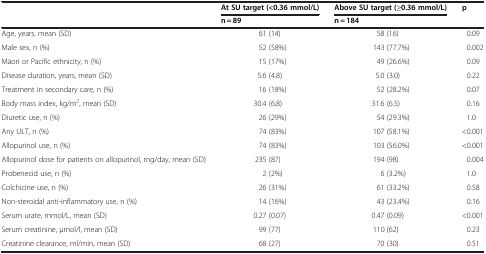
| <ROWSPAN=2>  | At SU target (<0.36 mmol/L) | Above SU target (≥0.36 mmol/L) | <ROWSPAN=2> p |
 | n = 89 | n = 184 |
 | --- | --- | --- | --- |
 | Age, years, mean (SD) | 61 (14) | 58 (16) | 0.09 |
 | Male sex, n (%) | 52 (58%) | 143 (77.7%) | 0.002 |
 | Māori or Pacific ethnicity, n (%) | 15 (17%) | 49 (26.6%) | 0.09 |
 | Disease duration, years, mean (SD) | 5.6 (4.8) | 5.0 (3.0) | 0.22 |
 | Treatment in secondary care, n (%) | 16 (18%) | 52 (28.2%) | 0.07 |
 | Body mass index, kg/m2, mean (SD) | 30.4 (6.8) | 31.6 (6.5) | 0.16 |
 | Diuretic use, n (%) | 26 (29%) | 54 (29.3%) | 1.0 |
 | Any ULT, n (%) | 74 (83%) | 107 (58.1%) | <0.001 |
 | Allopurinol use, n (%) | 74 (83%) | 103 (56.0%) | <0.001 |
 | Allopurinol dose for patients on allopurinol, mg/day, mean (SD) | 235 (87) | 194 (98) | 0.004 |
 | Probenecid use, n (%) | 2 (2%) | 6 (3.2%) | 1.0 |
 | Colchicine use, n (%) | 26 (31%) | 61 (33.2%) | 0.58 |
 | Non-steroidal anti-inflammatory use, n (%) | 14 (16%) | 43 (23.4%) | 0.16 |
 | Serum urate, mmol/L, mean (SD) | 0.27 (0.07) | 0.47 (0.09) | <0.001 |
 | Serum creatinine, μmol/l, mean (SD) | 99 (77) | 110 (62) | 0.23 |
 | Creatinine clearance, ml/min, mean (SD) | 68 (27) | 70 (30) | 0.51 |